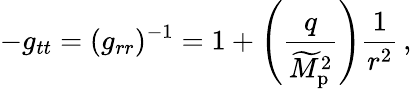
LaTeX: -g_{tt}=(g_{rr})^{-1}=1+\left({\frac{q}{\widetilde{M}_{\mathrm{p}}^{2}}}\right){\frac{1}{r^{2}}}\, ,